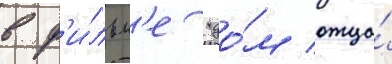
в ф'и́льм'е "до́м отца́